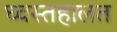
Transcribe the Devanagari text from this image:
ध्वस्तहालत